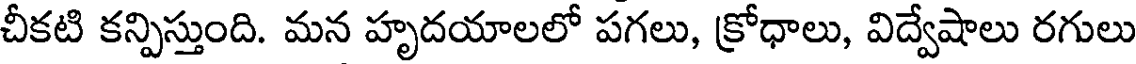
చీకటి కన్పిస్తుంది. మన హృదయాలలో పగలు, క్రోధాలు, విద్వేషాలు రగులు